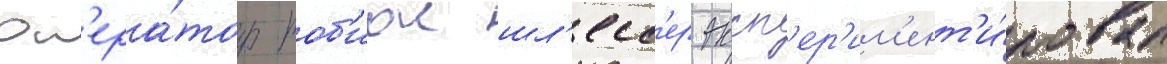
Оп'ера́тор тоб'иас шл'есс'ер эксп'ер'им'ент'и́ровал